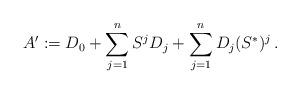
LaTeX: \begin{align*} A':=D_0+\sum_{j=1}^nS^jD_j + \sum_{j=1}^nD_j(S^*)^j\,.\end{align*}